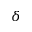
\delta